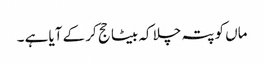
ماں کو پتہ چلا کہ بیٹا حج کر کے آیا ہے ۔